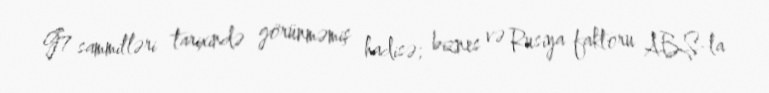
G7 sammitləri tarixində görünməmiş hadisə; biznes və Rusiya faktoru ABŞ-la